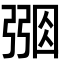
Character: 𢐑